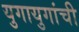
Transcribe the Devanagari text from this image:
युगायुगांची